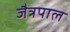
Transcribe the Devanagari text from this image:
जैत्रपाल